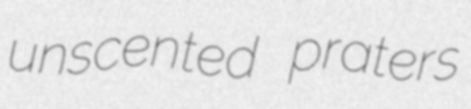
unscented praters